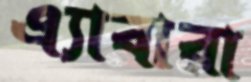
এ্যাবারা